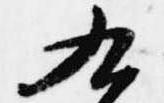
九